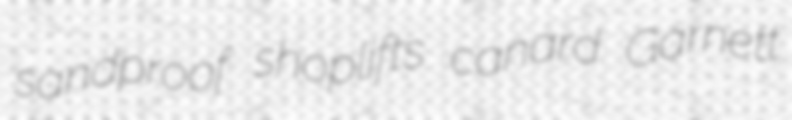
sandproof shoplifts canard Garnett